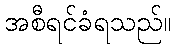
အစီရင်ခံရသည်။